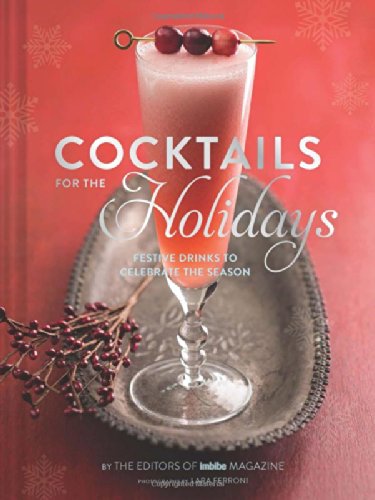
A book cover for Cocktails for the Holidays: Festive Drinks to Celebrate the Season; Editors of Imbibe Magazine; Cookbooks, Food & Wine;